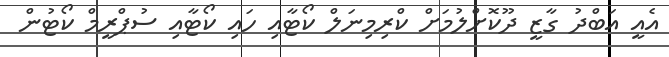
އެއީ އަބްދު ގާޒީ ދޫކޮށްލުމަށް ކްރިމިނަލް ކޯޓާއި ހައި ކޯޓާއި ސުޕްރީމް ކޯޓުން